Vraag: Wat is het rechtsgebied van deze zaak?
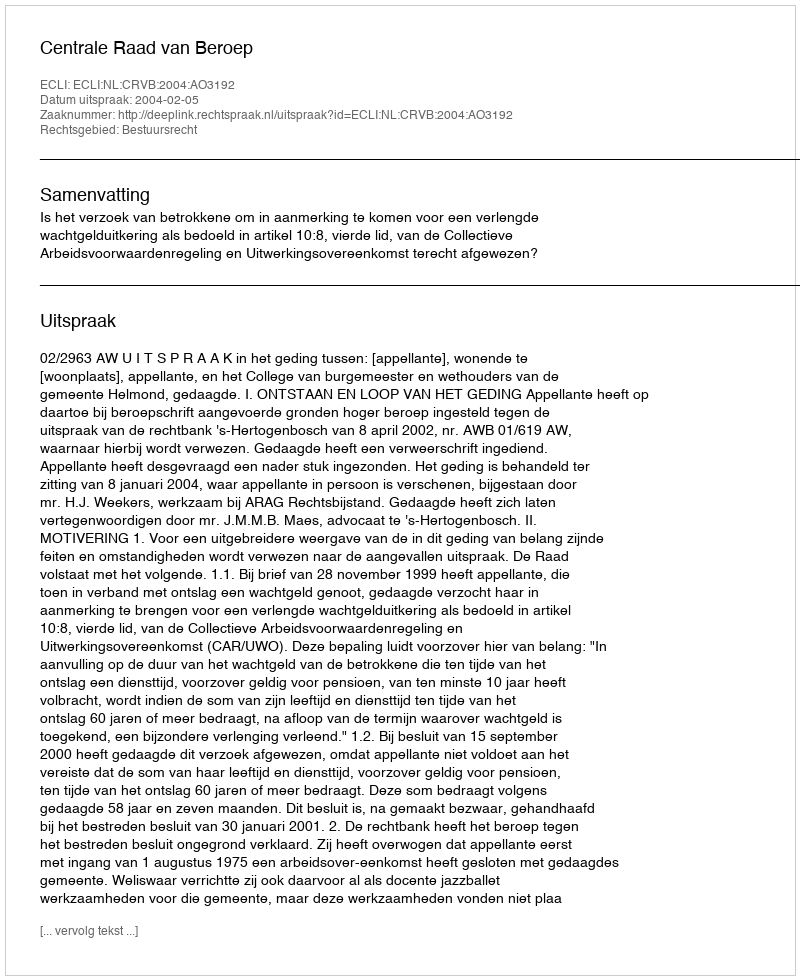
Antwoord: Bestuursrecht